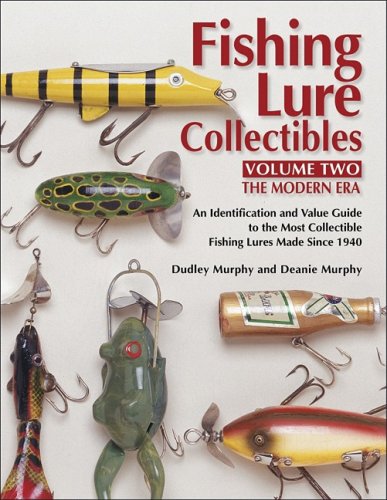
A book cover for Fishing Lure Collectibles, Vol. 2, Second Edition; Dudley Murphy; Crafts, Hobbies & Home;